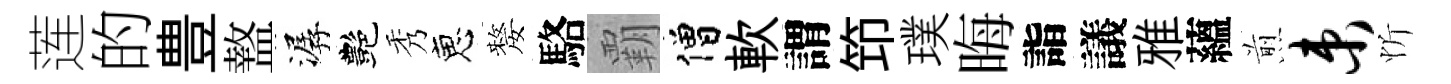
莲的豊盩潺艷秀恵嫠駱覇僧軟謂笻璞晦詣議雅蘊煎束忻